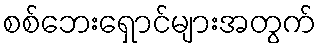
စစ်ဘေးရှောင်များအတွက်